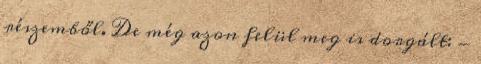
részemből. De még azon felül meg is dorgált: -